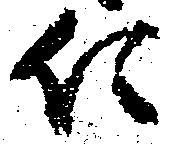
仁